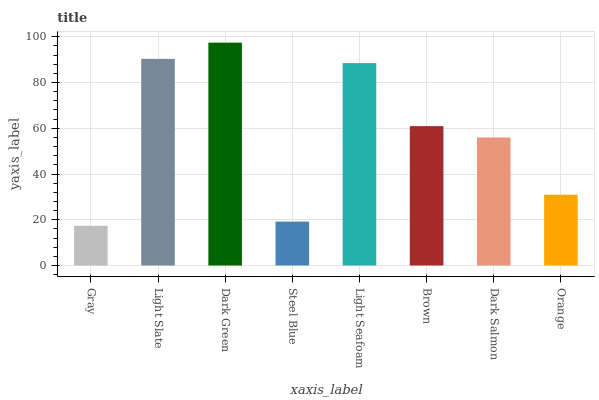
| xaxis_label | bars |
 | --- | --- |
 | Gray | 17.4 |
 | Light Slate | 90.4 |
 | Dark Green | 97.4 |
 | Steel Blue | 19.2 |
 | Light Seafoam | 88.5 |
 | Brown | 60.9 |
 | Dark Salmon | 56 |
 | Orange | 30.9 |